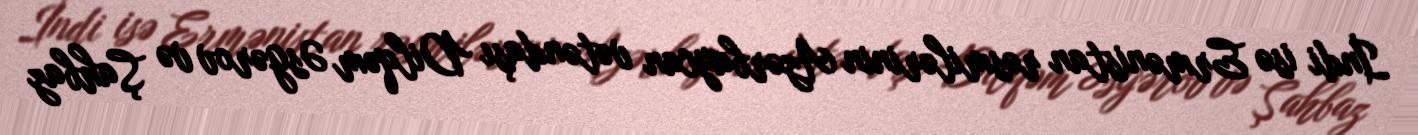
İndi isə Ermənistan rəsmilərinin Azərbaycan vətəndaşı Dilqəm Əsgərov və Şahbaz